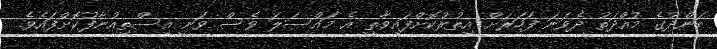
ބަންދުގެ މުއްދަތު ދެވަނަ ފަހަރަށް އިތުރުކޮށްފައިވާތީ އެ މައްސަލަ ވެސް ވަނީ އިސްތިއުނާފުކޮށްފައެވެ.